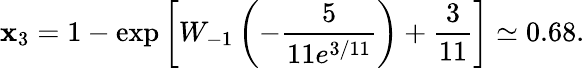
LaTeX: \mathbf{x}_{3}=1-\exp\left[W_{-1}\left(-\frac{{5}}{{11e^{3/11}}}\right)+\frac{{3}}{{11}}\right]\simeq0.68.